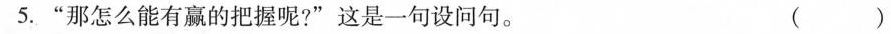
5.”那怎么能有赢的把握呢?”这是一句设问句。()